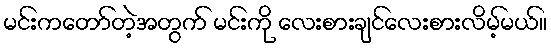
မင်းကတော်တဲ့အတွက် မင်းကို လေးစားချင်လေးစားလိမ့်မယ်။